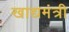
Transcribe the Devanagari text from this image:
खाद्यमंत्री